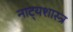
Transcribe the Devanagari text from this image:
नाट्‍यशास्त्र